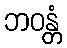
ဘဝန္တံ